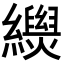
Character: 𦇐